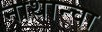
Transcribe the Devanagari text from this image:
नाथान्चा